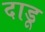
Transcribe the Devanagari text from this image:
दाडू